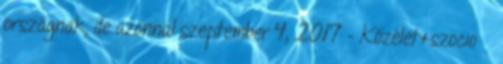
országnak, de azonnal szeptember 4, 2017 - Közélet&szocio